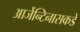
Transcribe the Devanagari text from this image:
आर्जेन्टिनासकडे